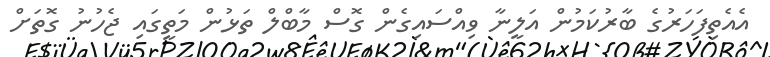
އެއެތިފަހަރުގެ ބާރުކަމުން އަލީނާ ވިއްސައިގެން ގޮސް މާބްލް ތަޅުން މަތީގައި ޖެހުނު ގޮތަށް